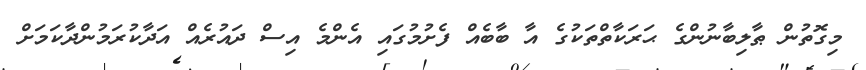
މިގޮތުން ޠާލިބާނުންގެ ޙަރަކާތްތަކުގެ އާ ބާބެއް ފެށުމުގައި އެންމެ އިސް ދައުރެއް އަދާކުރަމުންދާކަމަށް